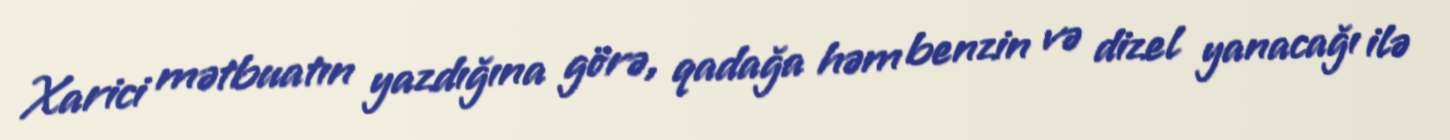
Xarici mətbuatın yazdığına görə, qadağa həm benzin və dizel yanacağı ilə